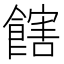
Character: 𩝛